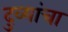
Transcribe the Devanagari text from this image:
दुव्यांचा